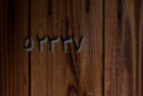
٥٢٣٣٧